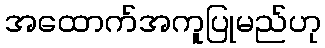
အထောက်အကူပြုမည်ဟု